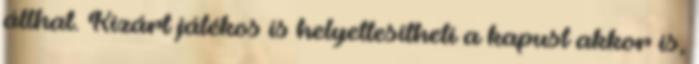
állhat. Kizárt játékos is helyettesítheti a kapust akkor is,